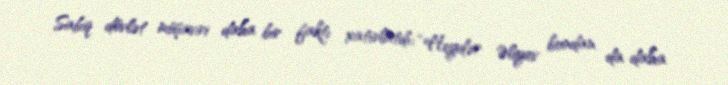
Sabiq dövlət müşaviri daha bir faktı xatırlatdı: “Heydər Əliyev bundan da daha